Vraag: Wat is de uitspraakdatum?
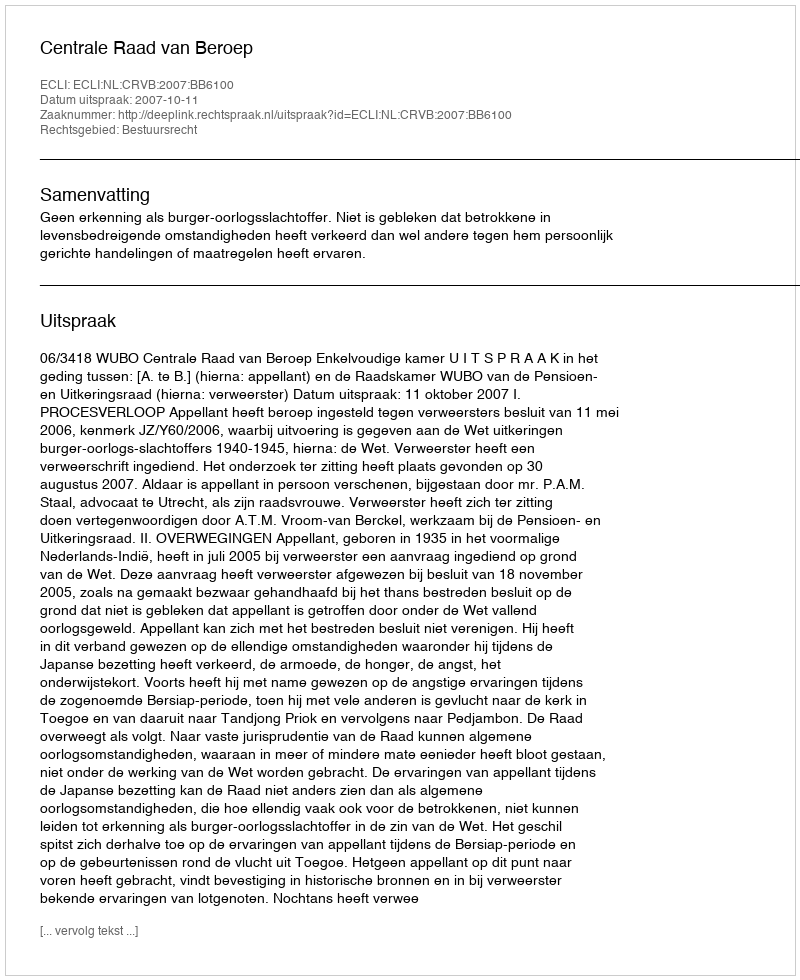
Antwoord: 2007-10-11